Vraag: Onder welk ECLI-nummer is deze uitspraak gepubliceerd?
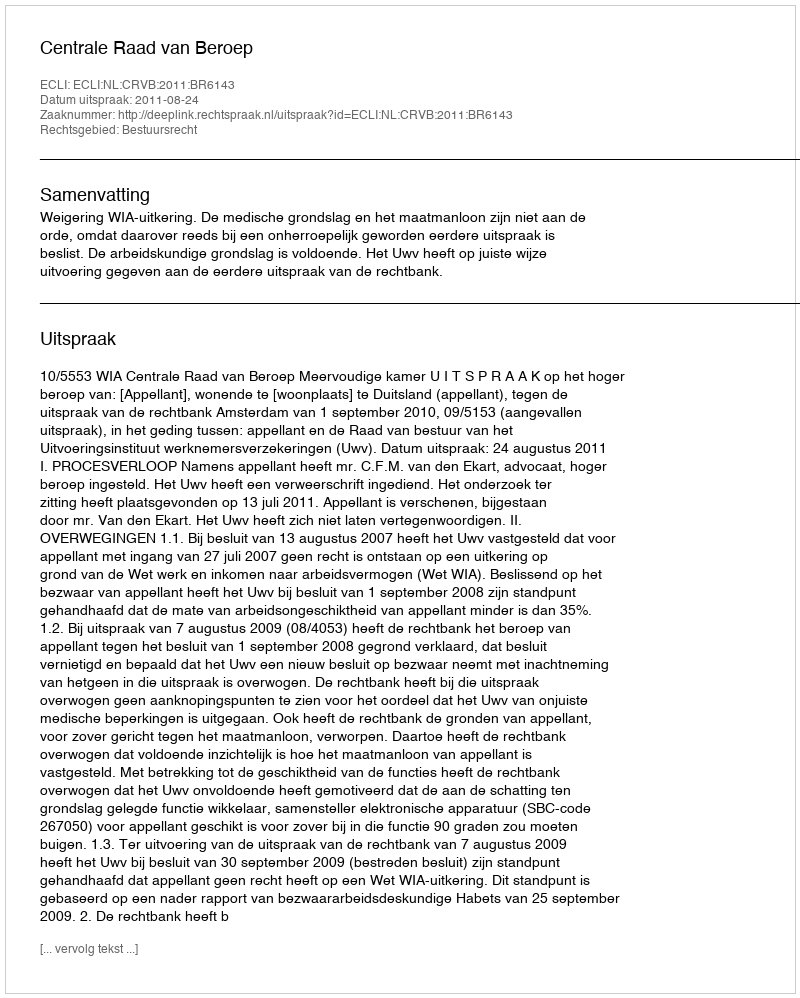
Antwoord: ECLI:NL:CRVB:2011:BR6143